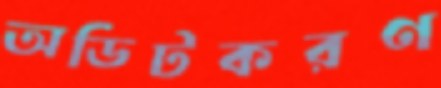
অডিটকরণ